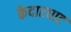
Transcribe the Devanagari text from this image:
केदारघाट